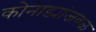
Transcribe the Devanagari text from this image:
कोनाड्यांजवळ